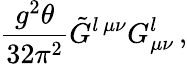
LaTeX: \frac{g^{2}\theta}{32\pi^{2}}\tilde{G}^{l\, \mu\nu}G_{\mu\nu}^{l}\, ,